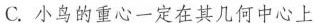
C.小鸟的重心一定在其几何中心上